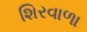
શિરવાળા